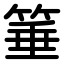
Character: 箠